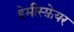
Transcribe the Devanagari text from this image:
हेमीस्फ़ेयर